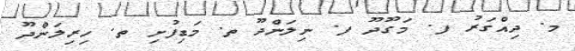
މ. ދިއްގަރު ފ. މަގޫދޫ ފ. ނިލަންދޫ ތ. މަޑިފުށި ތ. ހިރިލަންދޫ